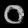
Digit: ၀